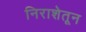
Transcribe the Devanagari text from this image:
निराशेतून